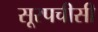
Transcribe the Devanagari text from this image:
सूरपचीसी